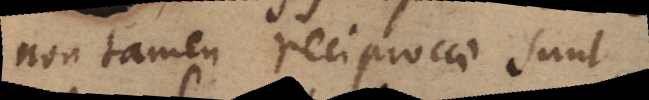
non tamen reciprocae sunt